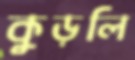
কুড়লি